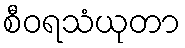
စီဝရသံယုတာ